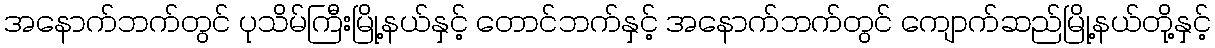
အနောက်ဘက်တွင် ပုသိမ်ကြီးမြို့နယ်နှင့် တောင်ဘက်နှင့် အနောက်ဘက်တွင် ကျောက်ဆည်မြို့နယ်တို့နှင့်